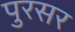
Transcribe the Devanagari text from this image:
पुरसर